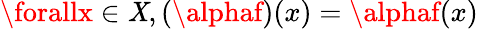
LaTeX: \forallx\in\mathit{X},(\alphaf)(x)=\alphaf(x)